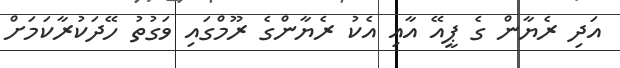
އަދި ރެޔާން ގެ ޕީއޭ އާއި އެކު ރެޔާންގެ ރޫމްގައި ވަގުތު ހޭދަކުރާކަމަށް